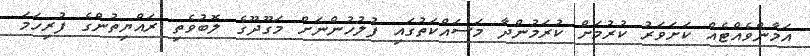
އަމާންވެއްޓެއް ކަށަވަރު ކުރުމަށް ކުރަމުންދާ މަސައްކަތުގައި ފުލުހުންނަށް މަގޫދޫގެ ލޮބުވެތި ރައްޔިތުންގެ ފުރިހަމަ